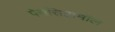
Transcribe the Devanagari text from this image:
पेरासिटामॉल